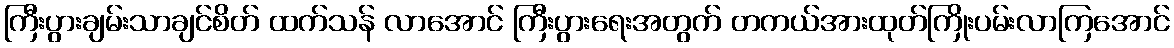
ကြီးပွားချမ်းသာချင်စိတ် ထက်သန် လာအောင် ကြီးပွားရေးအတွက် တကယ်အားထုတ်ကြိုးပမ်းလာကြအောင်